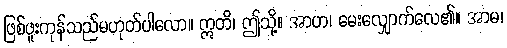
ဖြစ်ဖူးကုန်သည်မဟုတ်ပါလော။ ဣတိ၊ ဤသို့။ အာဟ၊ မေးလျှောက်လေ၏။ အာမ၊